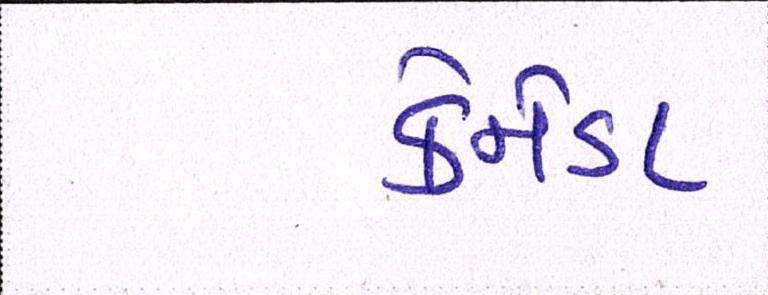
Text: કેનેડા